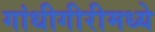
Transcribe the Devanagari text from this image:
गांधीगीरीमध्ये